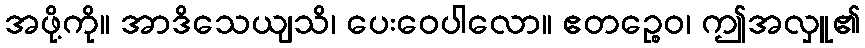
အဖို့ကို။ အာဒိသေယျသိ၊ ပေးဝေပါလော။ ဧတဉ္စေဝ၊ ဤအလှူ၏